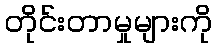
တိုင်းတာမှုများကို